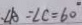
\angle A = \angle C = 6 0 ^ { \circ }